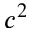
c ^ { 2 }